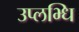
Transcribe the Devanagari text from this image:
उप्लभ्धि